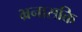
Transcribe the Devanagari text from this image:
भ्रनासक्ति